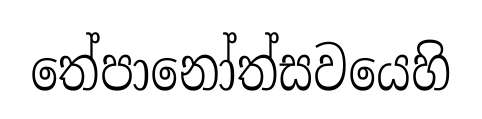
තේපානෝත්සවයෙහි